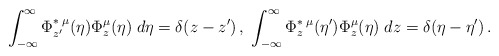
\begin{align*}\int_{-\infty }^{\infty }\Phi _{z^{\prime }}^{\ast \;\mu }(\eta )\Phi_{z}^{\mu }(\eta )\;d\eta =\delta (z-z^{\prime })\,,\;\int_{-\infty}^{\infty }\Phi _{z}^{\ast \;\mu }(\eta ^{\prime })\Phi _{z}^{\mu }(\eta)\;dz=\delta (\eta -\eta ^{\prime })\,. \end{align*}